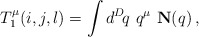
\begin{align*}T_1^\mu (i,j,l) = \int d^D\! q\,\, q^\mu \,\, {\bf N}(q)\,,\end{align*}